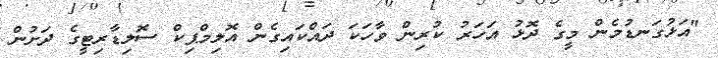
"އަޅުގަނޑުމެން މީގެ ދޮޅު އަހަރު ކުރިން ވާހަކަ ދައްކައިގެން އޮލިމްޕިކް ސޮލިޑާރިޓީގެ ދަށުން